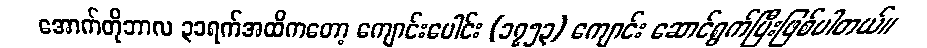
အောက်တိုဘာလ ၃၁ရက်အထိကတော့ ကျောင်းပေါင်း (၁၇၅၃) ကျောင်း ဆောင်ရွက်ပြီးဖြစ်ပါတယ်။